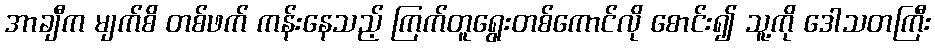
အာချီက မျက်စိ တစ်ဖက် ကန်းနေသည့် ကြက်တူရွေးတစ်ကောင်လို စောင်း၍ သူ့ကို ဒေါသတကြီး